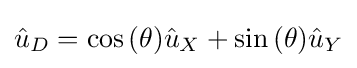
{\hat {u}}_{D}=\cos {\left(\theta \right)}{\hat {u}}_{X}+\sin {\left(\theta \right)}{\hat {u}}_{Y}